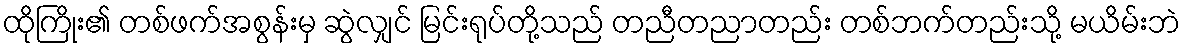
ထိုကြိုး၏ တစ်ဖက်အစွန်းမှ ဆွဲလျှင် မြင်းရုပ်တို့သည် တညီတညာတည်း တစ်ဘက်တည်းသို့ မယိမ်းဘဲ